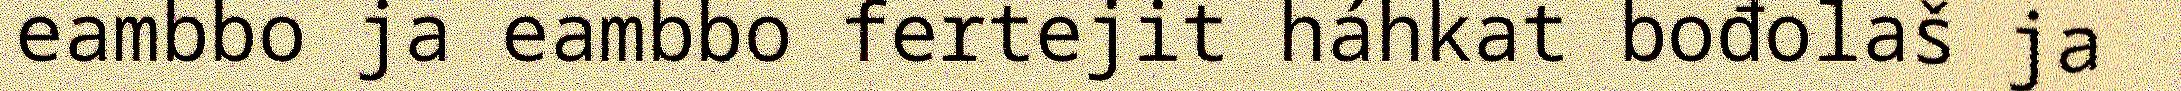
eambbo ja eambbo fertejit háhkat bođolaš ja